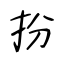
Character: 扮